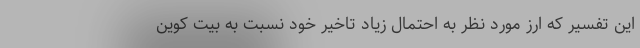
این تفسیر که ارز مورد نظر به احتمال زیاد تاخیر خود نسبت به بیت کوین